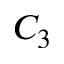
C _ { 3 }